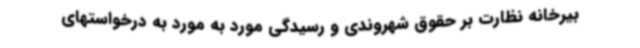
بیرخانه نظارت بر حقوق شهروندی و رسیدگی مورد به مورد به درخواستهای